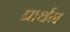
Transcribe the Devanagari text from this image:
प्रार्थन